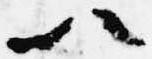
以